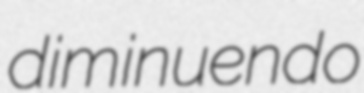
diminuendo